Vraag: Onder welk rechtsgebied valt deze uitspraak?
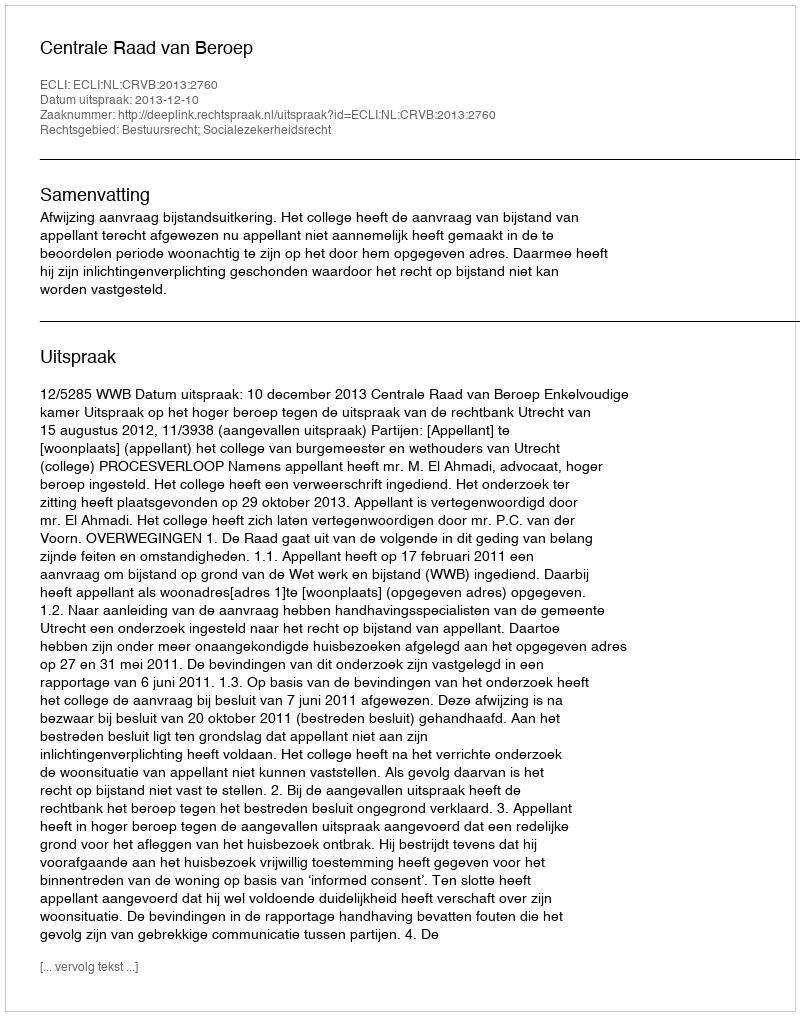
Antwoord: Bestuursrecht; Socialezekerheidsrecht